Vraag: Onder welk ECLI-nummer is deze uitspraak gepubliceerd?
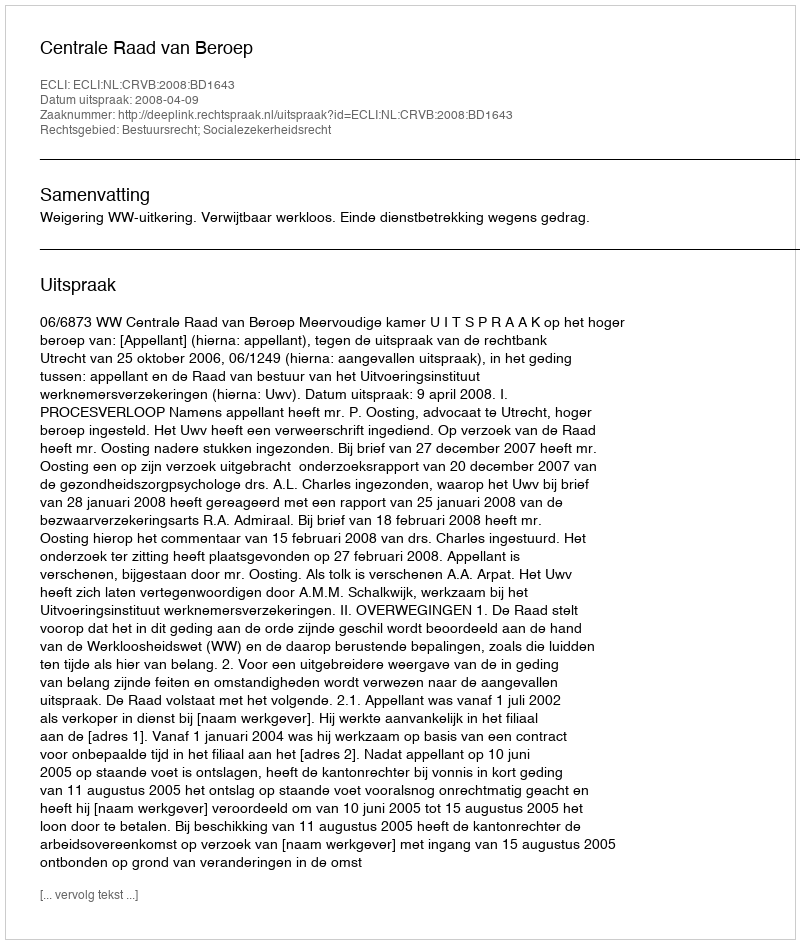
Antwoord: ECLI:NL:CRVB:2008:BD1643